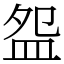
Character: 盌